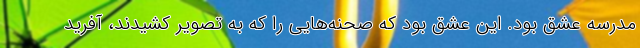
مدرسه عشق بود. این عشق بود که صحنه‌هایی را که به تصویر کشیدند، آفرید